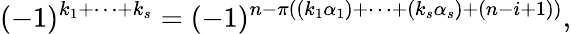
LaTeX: (-1)^{k_{1}+\dots+k_{s}}=(-1)^{n-\pi((k_{1}\alpha_{1})+\dots+(k_{s}\alpha_{s})+(n-i+1))},